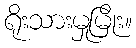
ရိုးသားမှုမြိုး။